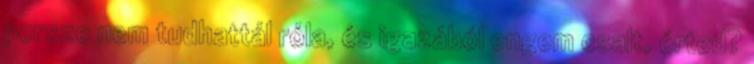
persze nem tudhattál róla, és igazából engem csalt, érted?